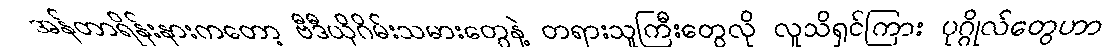
အန်တာရိန်းနားကတော့ ဗီဒီယိုဂိမ်းသမားတွေနဲ့ တရားသူကြီးတွေလို လူသိရှင်ကြား ပုဂ္ဂိုလ်တွေဟာ